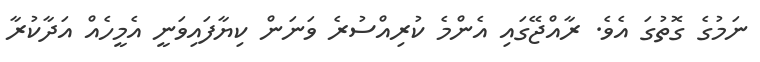
ނަމުގެ ގޮތުގަ އެވެ. ރާއްޖޭގައި އެންމެ ކުރިއްސުރެ ވަނަން ކިޔާފައިވަނީ އެމީހެއް އަދާކުރާ